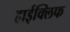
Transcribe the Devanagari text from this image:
हाईक्लिफ